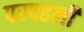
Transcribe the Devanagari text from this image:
परपहली